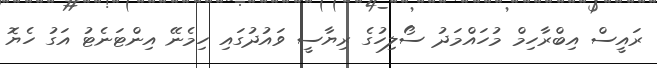
ރައީސް އިބްރާހިމް މުހައްމަދު ސޯލިހުގެ ރިޔާސީ ވައުދުގައި ހިމެނޭ އިންޓަނެޓު އަގު ހެޔޮ